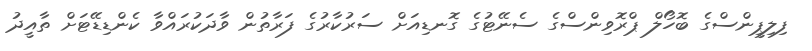
ފިލިޕީންސްގެ ބޮހޯލް ޕްރޮވިންސްގެ ސެނޭޓުގެ ގޮނޑިއަށް ސަރުކާރުގެ ފަރާތުން ވާދަކުރައްވާ ކެންޑިޑޭޓަށް ތާއީދު